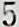
5